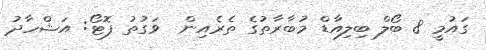
ގައުމީ 8 ބޯލް ބިލިއާޑް މުބާރާތުގެ ތެރެއިން  ވަގުތު ފޮޓޯ: އަޝްހާދު